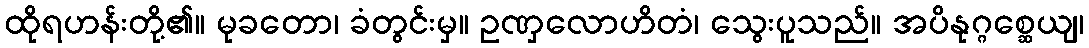
ထိုရဟန်းတို့၏။ မုခတော၊ ခံတွင်းမှ။ ဥဏှလောဟိတံ၊ သွေးပူသည်။ အပိနုဂ္ဂစ္ဆေယျ၊